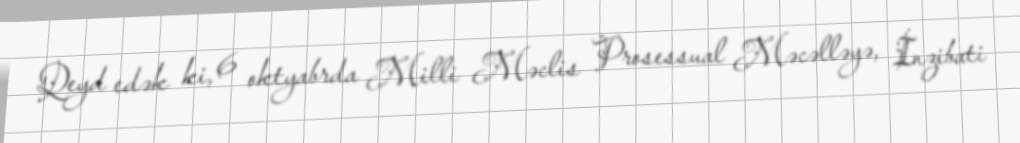
Qeyd edək ki, 6 oktyabrda Milli Məclis Prosessual Məcəlləyə, İnzibati